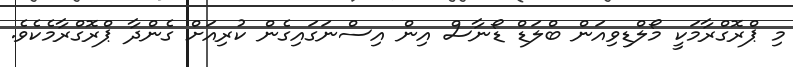
މި ޕްރޮގްރާމަކީ މޯލްޑިވިއަން ބްލަޑް ޑޯނާސް އިން އިސްނަގައިގެެން ކުރިއަށް ގެންދާ ޕްރޮގްރާމެކެވެ.